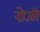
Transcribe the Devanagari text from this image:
रो़जी